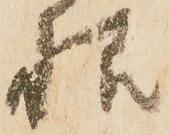
様